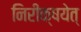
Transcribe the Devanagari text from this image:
निरीक्षयेत्